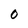
Character: 0